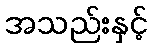
အသည်းနှင့်